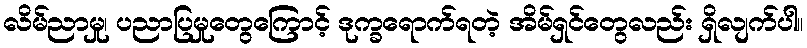
လိမ်ညာမှု၊ ပညာပြမှုတွေကြောင့် ဒုက္ခရောက်ရတဲ့ အိမ်ရှင်တွေလည်း ရှိလျက်ပါ။